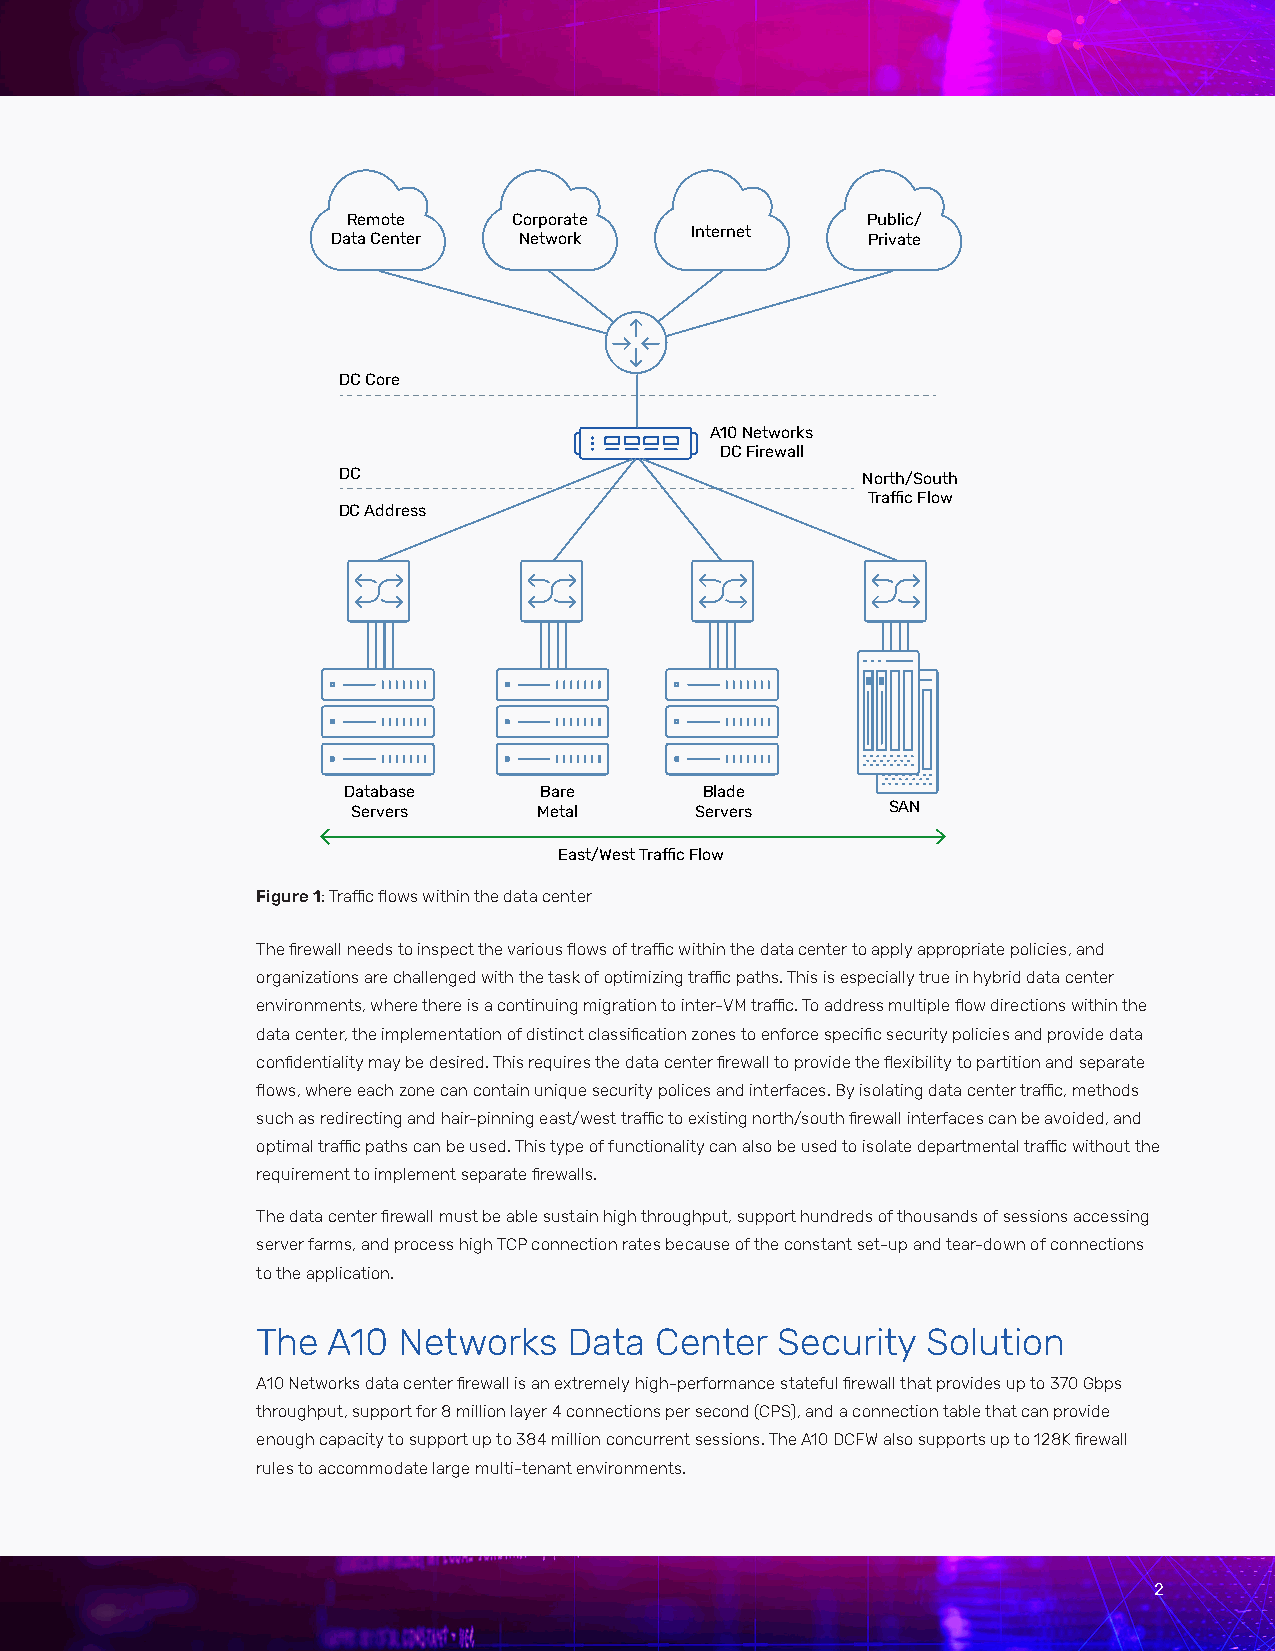
Remote     Corporate              Public/
 Internet
 Data Center Network                Private
 DC Core
 A10 Networks
 DC Firewall
 DC                                 North/South
 Traffic Flow
 DC Address
 Database     Bare       Blade
 Servers      Metal     Servers      SAN
 East/West Traffic Flow
 Figure 1: Traffic flows within the data center
 The firewall needs to inspect the various flows of traffic within the data center to apply appropriate policies, and
 organizations are challenged with the task of optimizing traffic paths. This is especially true in hybrid data center
 environments, where there is a continuing migration to inter-VM traffic. To address multiple flow directions within the
 data center, the implementation of distinct classification zones to enforce specific security policies and provide data
 confidentiality may be desired. This requires the data center firewall to provide the flexibility to partition and separate
 flows, where each zone can contain unique security polices and interfaces. By isolating data center traffic, methods
 such as redirecting and hair-pinning east/west traffic to existing north/south firewall interfaces can be avoided, and
 optimal traffic paths can be used. This type of functionality can also be used to isolate departmental traffic without the
 requirement to implement separate firewalls.
 The data center firewall must be able sustain high throughput, support hundreds of thousands of sessions accessing
 server farms, and process high TCP connection rates because of the constant set-up and tear-down of connections
 to the application.
 The  A10 Networks    Data Center  Security  Solution
 A10 Networks data center firewall is an extremely high-performance stateful firewall that provides up to 370 Gbps
 throughput, support for 8 million layer 4 connections per second (CPS), and a connection table that can provide
 enough capacity to support up to 384 million concurrent sessions. The A10 DCFW also supports up to 128K firewall
 rules to accommodate large multi-tenant environments.
 2